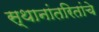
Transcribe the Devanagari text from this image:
स्थानांतरितांचे